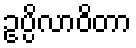
ဥပ္ပိလာဝိတာ